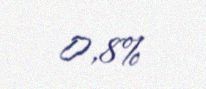
0,8%